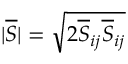
| \overline { { S } } | = \sqrt { 2 \overline { { S } } _ { i j } \overline { { S } } _ { i j } }